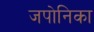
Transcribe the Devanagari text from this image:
जपोनिका